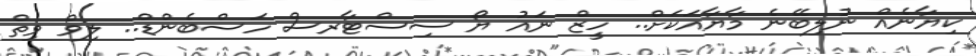
ކިޔާނެއް ނުލިބޭނެ މާޔާއަކަށް.. ހީޒް ނައު ޔޯ ސިސްޓާރސް ހަސްބެންޑް.. ލިވް ވިތް